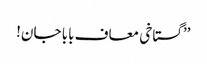
’’گستاخی معاف بابا جان!